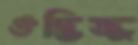
ঔদ্ভিজ্জ